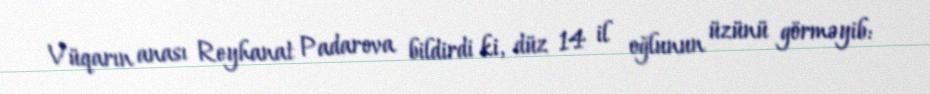
Vüqarın anası Reyhanat Padarova bildirdi ki, düz 14 il oğlunun üzünü görməyib: